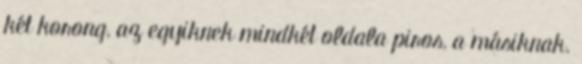
két korong, az egyiknek mindkét oldala piros, a másiknak.